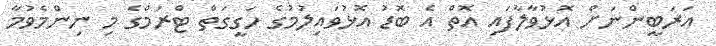
އަރަބީންނަށް އޮޅުވާލާފައި އޮތް އެ ބޮޑު އޮޅުވައިލުމުގެ ހަގީގަތް ޓްރަމްގެ މި ނިންމެވުމާ